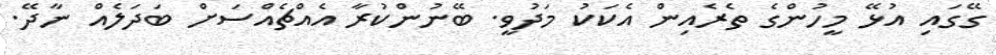
ގޭގައި އުޅޭ މީހުންގެ ތެރެއިން އެކަކު މަދުވީ. ބޭނުންކުރާ އެއްޗެއްސަށް ބަދަލެއް ނާދޭ.